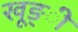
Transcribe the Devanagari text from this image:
खूङ्ी